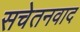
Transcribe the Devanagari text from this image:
सचेतनवाद